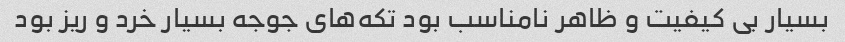
بسیار بی کیفیت و ظاهر نامناسب بود تکه‌های جوجه بسیار خرد و ریز بود